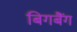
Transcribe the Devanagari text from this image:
बिगबैंग